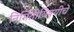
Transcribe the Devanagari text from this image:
निर्मितीविषयीचे